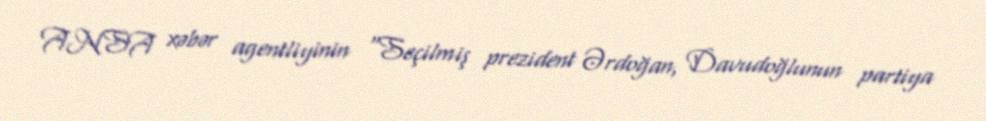
ANSA xəbər agentliyinin "Seçilmiş prezident Ərdoğan, Davudoğlunun partiya